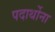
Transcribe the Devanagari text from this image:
पदार्थोना